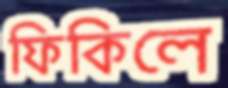
ফিকিলে